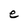
Character: e